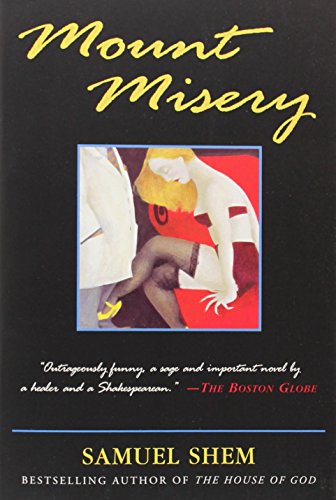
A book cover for Mount Misery; Samuel Shem M.D.; Mystery, Thriller & Suspense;